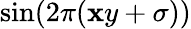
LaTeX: \sin(2\pi(\mathbf{x}y+\sigma))